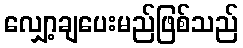
လျှော့ချပေးမည်ဖြစ်သည်